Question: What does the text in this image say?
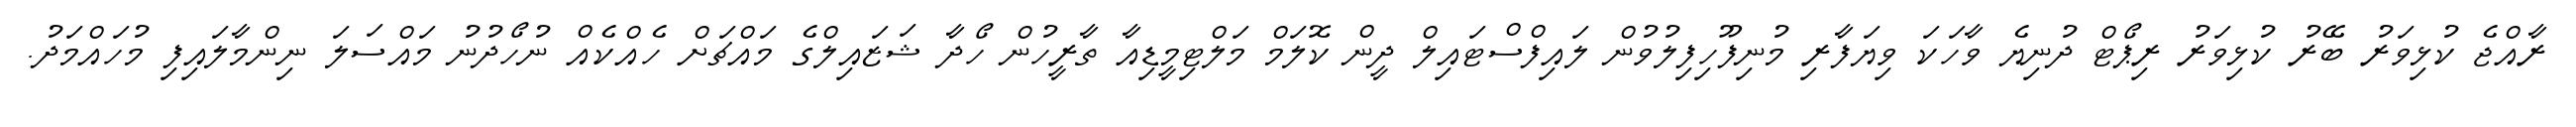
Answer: ރާއްޖެ ކުޅިވަރު ބޭރު ކުޅިވަރު ރިޕޯޓް ދުނިޔެ ވާހަކަ ވިޔަފާރި މުނިފޫހިފިލުވުން ލައިފްސްޓައިލް ދީން ކޮލަމް މަލްޓިމީޑިއާ ތާރީހުން ހޯދާ ޝަޒައިލްގެ މައްޗަށް ހެއްކެއް ނުހޯދުނު މައްސަލަ ނިންމާލައިފި މުހައްމަދު.